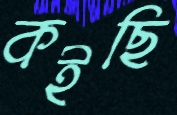
কইছি